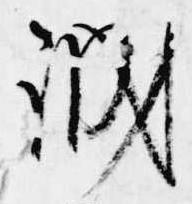
誠